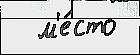
  м'е́сто